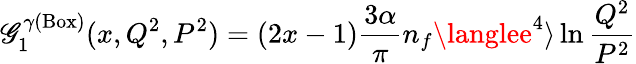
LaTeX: \mathscr{G}_{1}^{\gamma(\mathrm{{Box}})}(x,Q^{2},P^{2})=(2x-1)\frac{{3\alpha}}{{\pi}}n_{f}\langlee^{4}\rangle\ln\frac{{Q^{2}}}{{P^{2}}}